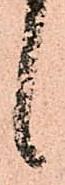
候